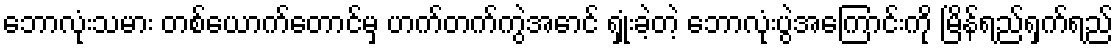
ဘောလုံးသမား တစ်ယောက်တောင်မှ ဟက်တက်ကွဲအောင် ရှုံးခဲ့တဲ့ ဘောလုံးပွဲအကြောင်းကို မြိန်ရည်ရှက်ရည်